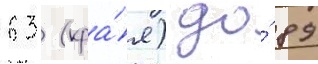
63 (кра́я) до́ 89